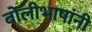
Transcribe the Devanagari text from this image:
बोलीभाषांनी